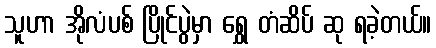
သူဟာ အိုလံပစ် ပြိုင်ပွဲမှာ ရွှေ တံဆိပ် ဆု ရခဲ့တယ်။